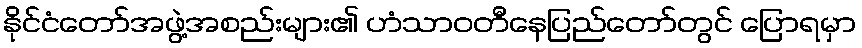
နိုင်ငံတော်အဖွဲ့အစည်းများ၏ ဟံသာဝတီနေပြည်တော်တွင် ပြောရမှာ